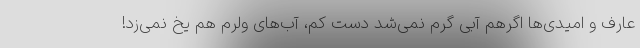
عارف و امیدی‌ها اگرهم آبی گرم نمی‌شد دست کم، آب‌های ولرم هم یخ نمی‌زد!